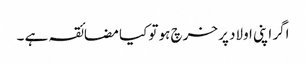
اگر اپنی اولاد پر خرچ ہو تو کیا مضائقہ ہے ۔